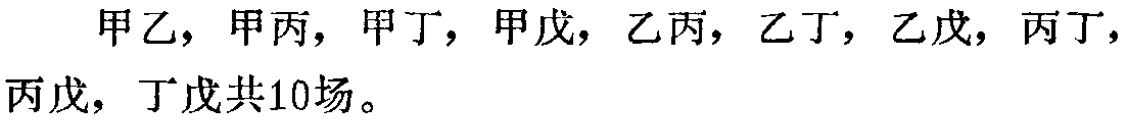
甲乙，甲丙，甲丁，甲戊，乙丙，乙丁，乙戊，丙丁，丙戊，丁戊共10场。